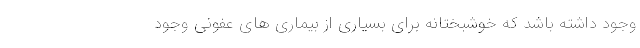
وجود داشته باشد که خوشبختانه برای بسیاری از بیماری های عفونی وجود